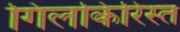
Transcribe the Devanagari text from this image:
गिलकिरिस्त